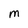
Character: M